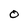
Character: O